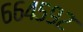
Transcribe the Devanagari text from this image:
६६४५९२